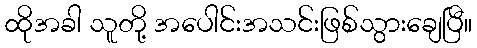
ထိုအခါ သူတို့ အပေါင်းအသင်းဖြစ်သွားချေပြီ။